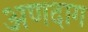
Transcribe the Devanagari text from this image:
अणदाग